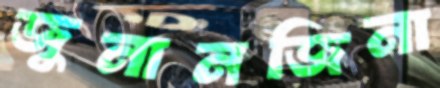
জুনানজিনা